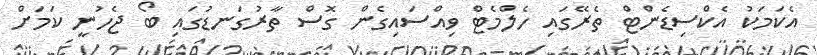
އެކަމަކު އެކްސިޑެންޓް ތެރޭގައި ހެލްމެޓް ވިއްސައިގެން ގޮސް ތާރުގަނޑުގައި ބޯ ޖެހުނީ ކަމަށް